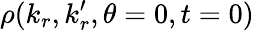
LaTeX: \rho(k_{r},k_{r}^{\prime},\theta=0,t=0)